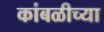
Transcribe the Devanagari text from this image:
कांबळीच्या